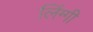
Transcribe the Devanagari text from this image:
लिंग्गी